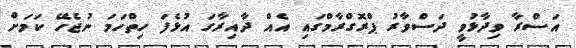
އަސްރާ ވިދާޅުވީ ދަސްވާރު ޕްރޮގްރާމްގައި އެއް ދާއިރާގަ އުޅެފަ ހިތްހަމަ ނުޖެހޭ ކަމަށް